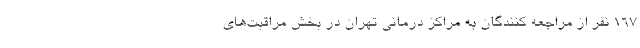
۱۶۷ نفر از مراجعه کنندگان به مراکز درمانی تهران در بخش مراقبت‌های